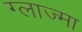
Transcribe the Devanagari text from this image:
ग्लाज्मा